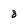
Character: 8